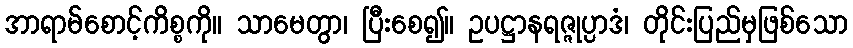
အာရာမ်စောင့်ကိစ္စကို။ သာမေတွာ၊ ပြီးစေ၍။ ဥပဋ္ဌာနရဇ္ဇုပ္ပာဒံ၊ တိုင်းပြည်မှဖြစ်သော